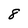
Character: 8